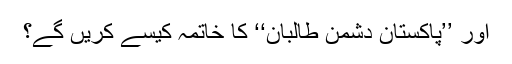
اور ’’پاکستان دشمن طالبان‘‘ کا خاتمہ کیسے کریں گے؟